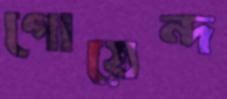
গোয়েন্দ